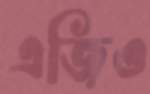
এজিও